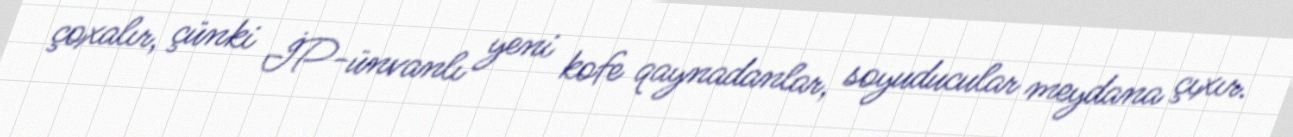
çoxalır, çünki İP-ünvanlı yeni kofe qaynadanlar, soyuducular meydana çıxır.